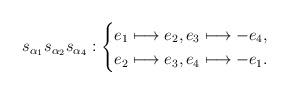
LaTeX: \begin{align*} s_{\alpha_1}s_{\alpha_2}s_{\alpha_4}: \begin{cases} e_1 \longmapsto e_2, e_3 \longmapsto -e_4, \\ e_2 \longmapsto e_3, e_4 \longmapsto -e_1. \\ \end{cases}\end{align*}